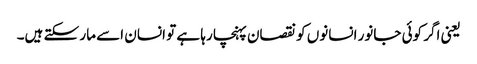
یعنی اگر کوئی جانور انسانوں کو نقصان پہنچا رہا ہے تو انسان اسے مار سکتے ہیں۔